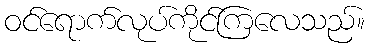
ဝင်ရောက်လုပ်ကိုင်ကြလေသည်။